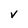
Character: V